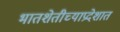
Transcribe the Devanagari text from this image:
भातशेतीच्याप्रदेशात